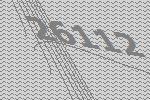
26112